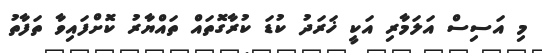
މި އަސިސް އަލަމާރި އަކީ ޚަރަދު ކުޑަ ކުރާގޮތައް ތައްޔާރު ކޮށްފައިވާ ތަފާތު